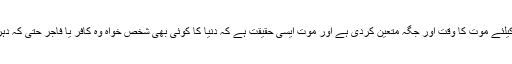
خالق کائنات اللہ رب العزت نے ہر جاندار کیلئے موت کا وقت اور جگہ متعین کردی ہے اور موت ایسی حقیقت ہے کہ دنیا کا کوئی بھی شخص خواہ وہ کافر یا فاجر حتیٰ کہ دہریہ ہی کیوں نہ ہو، موت کو یقینی مانتا ہے۔